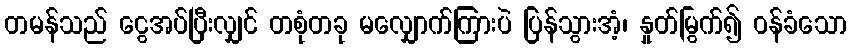
တမန်သည် ငွေအပ်ပြီးလျှင် တစုံတခု မလျှောက်ကြားပဲ ပြန်သွားအံ့၊ နှုတ်မြွက်၍ ဝန်ခံသော